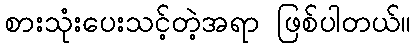
စားသုံးပေးသင့်တဲ့အရာ ဖြစ်ပါတယ်။